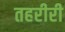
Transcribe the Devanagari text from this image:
तहरीरी